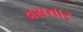
વસનાર